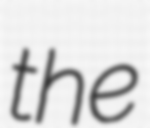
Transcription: the